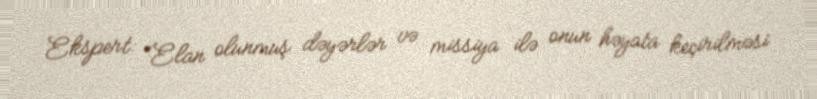
Ekspert: “Elan olunmuş dəyərlər və missiya ilə onun həyata keçirilməsi